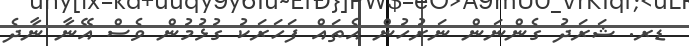
ޑރ. ޝަރަދު ގެންނަން ނަރުހުން އެތައް ފަހަރަކު ގުޅުމުން ވެސް އޭނާ ނާދެ